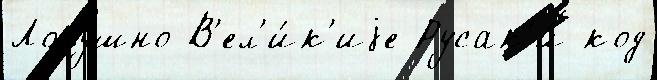
Лопушно В'ел'и́к'иjе Русак'и́ код